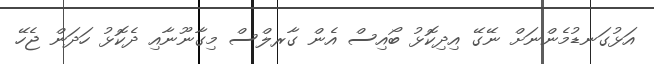
އަޅުގަނޑުމެންނަށް ނޭގޭ އިދިކޮޅު ބޯއިސް އެން ގާރލްސް މިގާނޫނާއި ދެކޮޅު ހަދަން ޖެހޭ